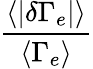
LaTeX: \frac{\langle|\delta\Gamma_{e}|\rangle}{\langle\Gamma_{e}\rangle}